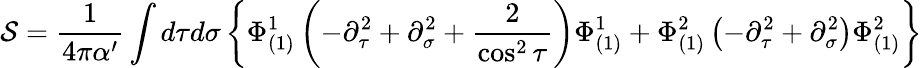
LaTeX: {\cal S}=\frac{1}{4\pi\alpha^{\prime}}\int d\tau d\sigma\left\{ \Phi_{(1)}^{1}\left(-\partial_{\tau}^{2}+\partial_{\sigma}^{2}+\frac{2}{\cos^{2}\tau}\right)\Phi_{(1)}^{1}+\Phi_{(1)}^{2}\left(-\partial_{\tau}^{2}+\partial_{\sigma}^{2}\right)\Phi_{(1)}^{2}\right\}